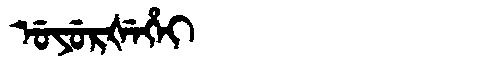
Manchu: ᡠᠶᡠᡵᡧᡝᡥᡝᡳ
Romanization: UYURŠEHEI